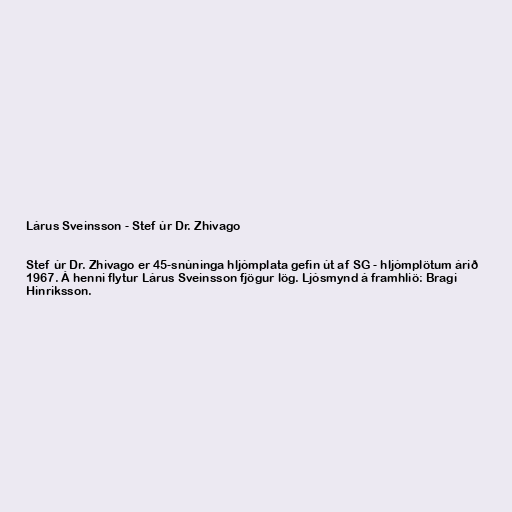
Lárus Sveinsson - Stef úr Dr. Zhivago

Stef úr Dr. Zhivago er 45-snúninga hljómplata gefin út af SG - hljómplötum árið
1967. Á henni flytur Lárus Sveinsson fjögur lög. Ljósmynd á framhliö: Bragi
Hinriksson.